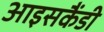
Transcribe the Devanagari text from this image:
आइसकैंडी